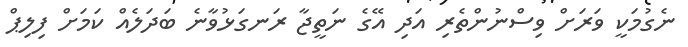
ނެގުމަކީ ވަރަށް ވިސްނުންތެރި އަދި އޭގެ ނަތީޖާ ރަނގަޅުވާނެ ބަދަލެއް ކަމަށް ފިލިޕް